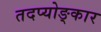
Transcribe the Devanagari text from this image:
तदप्योङ्कार